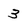
Character: 3